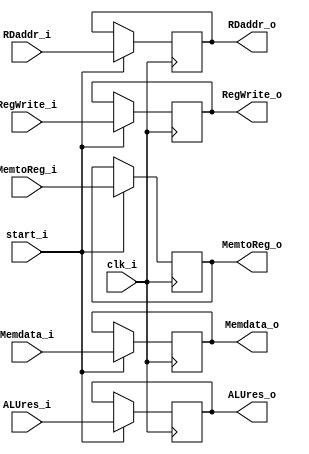
module MEMWB
(
    clk_i,
    start_i,
    
    ALUres_i,
    RegWrite_i,
    MemtoReg_i,
    Memdata_i,
    RDaddr_i,
    
    ALUres_o,
    RegWrite_o,
    MemtoReg_o,
    Memdata_o,
    RDaddr_o
);

// Ports
input               clk_i;
input               start_i;
input   [31:0]      ALUres_i;
input               RegWrite_i;
input               MemtoReg_i;
input   [31:0]      Memdata_i;
input   [4:0]       RDaddr_i;

output  [31:0]       ALUres_o;
output              RegWrite_o;
output              MemtoReg_o;
output  [31:0]      Memdata_o;
output  [4:0]       RDaddr_o;

reg     [31:0]       ALUres_o;
reg                 RegWrite_o;
reg                 MemtoReg_o;
reg     [31:0]      Memdata_o;
reg     [4:0]       RDaddr_o;

always@(posedge clk_i) begin
    if(start_i) begin
        ALUres_o <= ALUres_i;
        RegWrite_o <= RegWrite_i;
        MemtoReg_o <= MemtoReg_i;
        Memdata_o <= Memdata_i;
        RDaddr_o <= RDaddr_i;
    end
end

endmodule